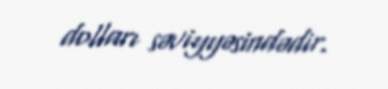
dolları səviyyəsindədir.